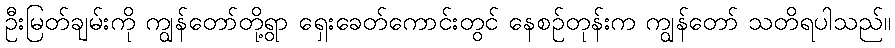
ဦးမြတ်ချမ်းကို ကျွန်တော်တို့ရွာ ရှေးခေတ်ကောင်းတွင် နေစဉ်တုန်းက ကျွန်တော် သတိရပါသည်။